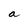
Character: a